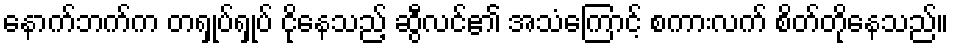
နောက်ဘက်က တရှုပ်ရှုပ် ငိုနေသည့် ဆွီလင်၏ အသံကြောင့် စကားလက် စိတ်တိုနေသည်။